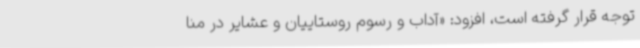
توجه قرار گرفته است، افزود: «آداب و رسوم روستاییان و عشایر در منا